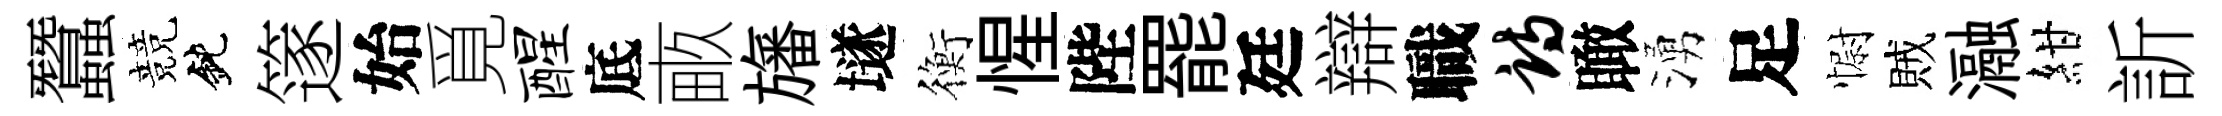
蠶競鈍篴始覓醒底畞旛𡑞衡惺陛罷廷辯職诗瞰湧足𢠢賊瀜紺訢